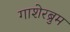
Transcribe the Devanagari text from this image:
गाशेरब्रुम